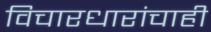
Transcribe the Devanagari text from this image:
विचारधारांचाही